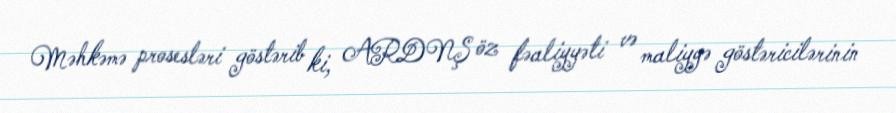
Məhkəmə prosesləri göstərib ki, ARDNŞ öz fəaliyyəti və maliyyə göstəricilərinin